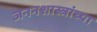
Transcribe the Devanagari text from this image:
जननशास्त्रांच्या